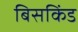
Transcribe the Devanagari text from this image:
बिसकिंड